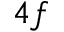
4 f